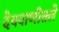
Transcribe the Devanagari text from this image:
देववाणीतले